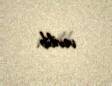
verilib.